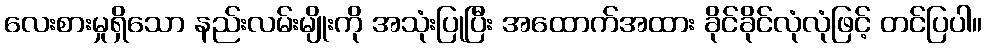
လေးစားမှုရှိသော နည်းလမ်းမျိုးကို အသုံးပြုပြီး အထောက်အထား ခိုင်ခိုင်လုံလုံဖြင့် တင်ပြပါ။